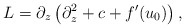
\begin{align*}L=\partial_z\left(\partial_z^2+c+f'(u_0)\right),\end{align*}